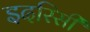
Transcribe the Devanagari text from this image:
इदरिसी